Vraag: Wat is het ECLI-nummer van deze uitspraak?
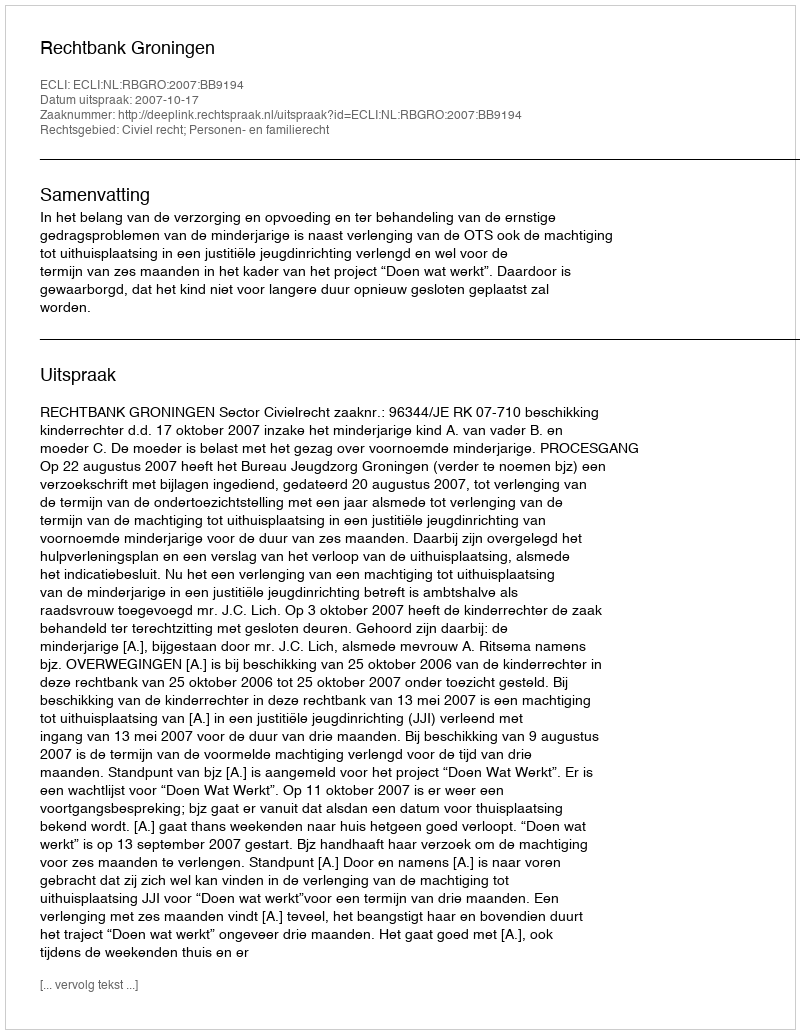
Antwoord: ECLI:NL:RBGRO:2007:BB9194